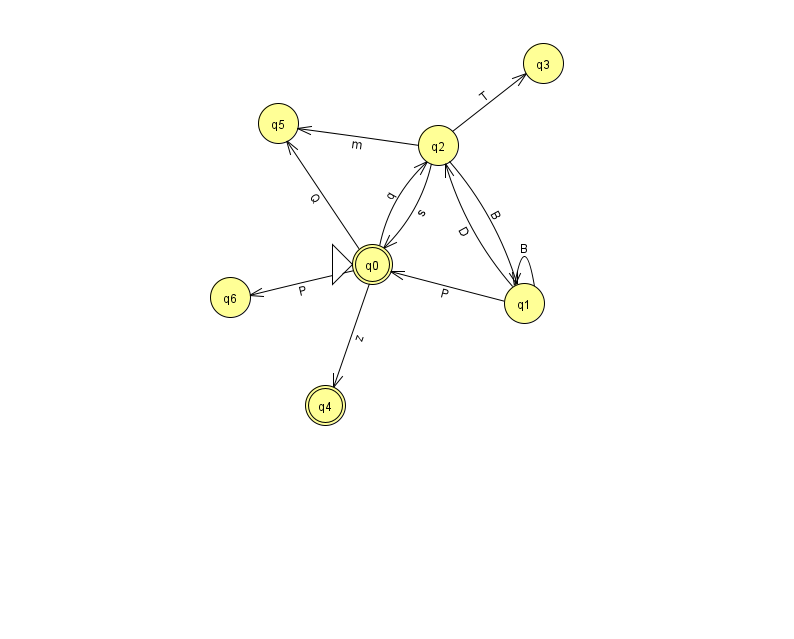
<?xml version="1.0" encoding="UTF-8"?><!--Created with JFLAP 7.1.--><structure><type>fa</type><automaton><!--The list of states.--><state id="0" name="q0"><x>372.0</x><y>251.0</y><initial/><final/></state><state id="1" name="q1"><x>524.0</x><y>290.0</y></state><state id="2" name="q2"><x>438.0</x><y>132.0</y></state><state id="3" name="q3"><x>543.0</x><y>50.0</y></state><state id="4" name="q4"><x>325.0</x><y>392.0</y><final/></state><state id="5" name="q5"><x>278.0</x><y>110.0</y></state><state id="6" name="q6"><x>230.0</x><y>284.0</y></state><!--The list of transitions.--><transition><from>2</from><to>5</to><read>m</read></transition><transition><from>1</from><to>1</to><read>B</read></transition><transition><from>1</from><to>2</to><read>D</read></transition><transition><from>0</from><to>4</to><read>z</read></transition><transition><from>2</from><to>1</to><read>B</read></transition><transition><from>0</from><to>5</to><read>Q</read></transition><transition><from>2</from><to>0</to><read>s</read></transition><transition><from>0</from><to>2</to><read>q</read></transition><transition><from>2</from><to>3</to><read>T</read></transition><transition><from>0</from><to>6</to><read>P</read></transition><transition><from>1</from><to>0</to><read>P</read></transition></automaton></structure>